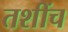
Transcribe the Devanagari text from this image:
तशींच